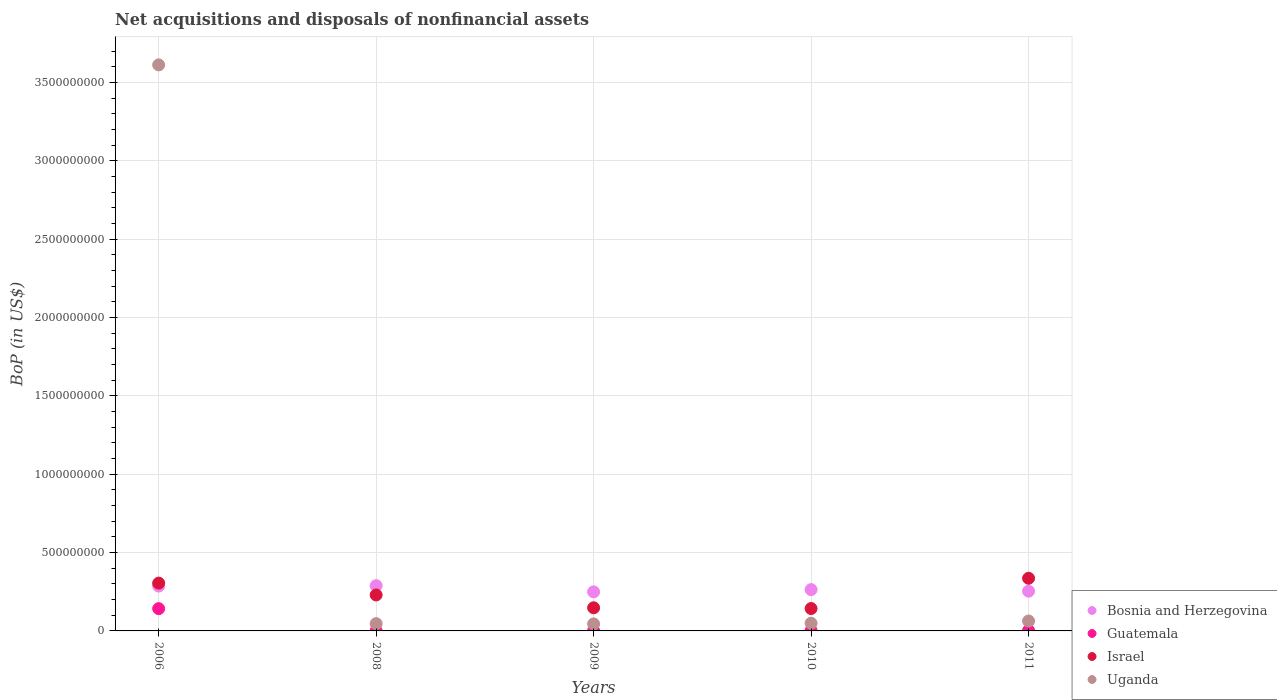
| Years | Bosnia and Herzegovina | Guatemala | Israel | Uganda |
 | --- | --- | --- | --- | --- |
 | 2006 | 2.86e+08 | 1.42e+08 | 3.05e+08 | 3.61e+09 |
 | 2008 | 2.89e+08 | 1.08e+06 | 2.3e+08 | 4.65e+07 |
 | 2009 | 2.49e+08 | 1.01e+06 | 1.48e+08 | 4.49e+07 |
 | 2010 | 2.64e+08 | 2.53e+06 | 1.43e+08 | 4.91e+07 |
 | 2011 | 2.54e+08 | 2.63e+06 | 3.36e+08 | 6.34e+07 |